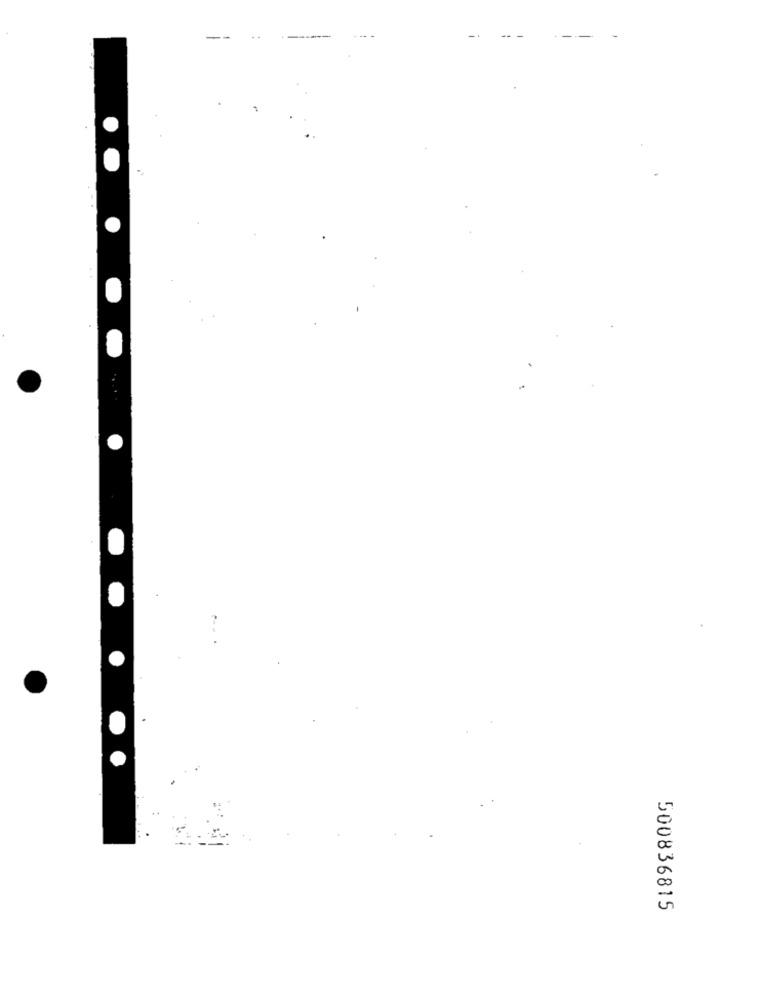
500836815